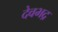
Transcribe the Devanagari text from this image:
देवभद्र